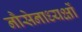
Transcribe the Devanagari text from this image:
नौसेनाध्यक्षों